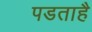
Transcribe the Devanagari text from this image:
पडताहै